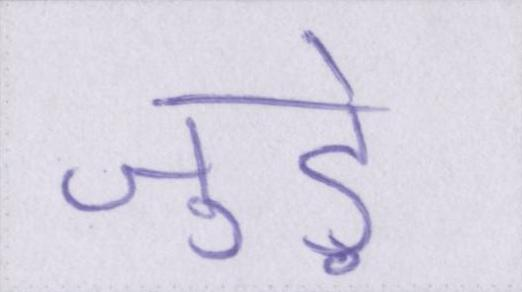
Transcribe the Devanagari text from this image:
जुडे़